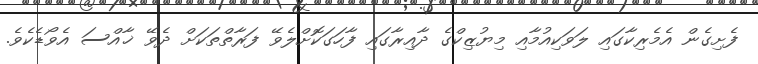
ފެށިގެން އެމެރިކާގައި ލަވަކިއުމާއި މިޔުޒިކްގެ ދާއިރާގައި ފާހަގަކޮށްލެވޭ ފަރާތްތަކަށް ދެވޭ ޚާއްސަ އެވޯޑެކެވެ.